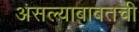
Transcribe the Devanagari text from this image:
असल्याबाबतची